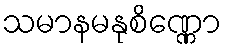
သမာနမနုစိဏ္ဏော